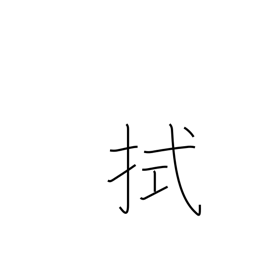
Meaning: mop